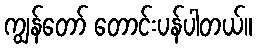
ကျွန်တော် တောင်းပန်ပါတယ်။